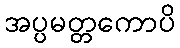
အပ္ပမတ္တကောပိ